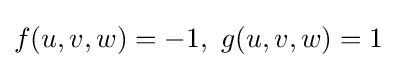
f(u,v,w)=-1,\ g(u,v,w)=1